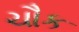
ચૌક